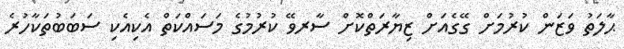
ޙާލަތު ވަޒަން ކުރުމަށް ގޭގެއަށް ޒިޔާރަތްކޮށް ސާރވޭ ކުރުމުގެ މަސައްކަތް އެކިއެކި ސަބަބުތަކާހުރެ